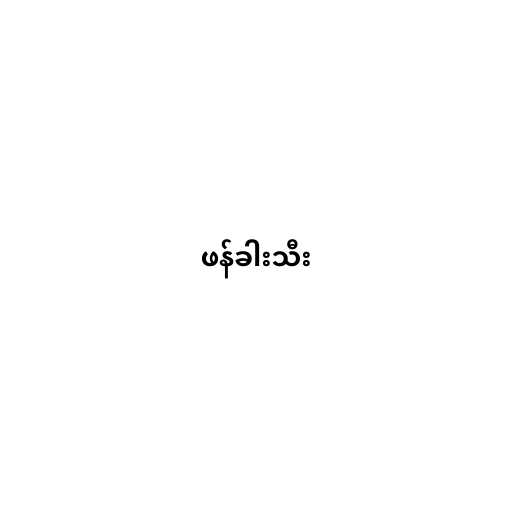
ဖန်ခါးသီး